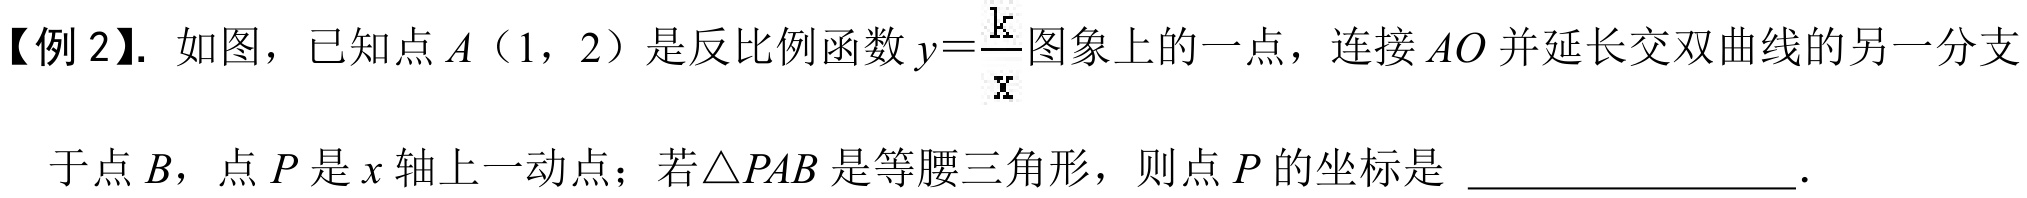
【例 2】. 如图，已知点\(A\)（1，2）是反比例函数\(y = \dfrac{k}{x}\)图象上的一点，连接\(AO\)并延长交双曲线的另一分支
于点\(B\)，点\(P\)是\(x\)轴上一动点；若\(\triangle PAB\)是等腰三角形，则点\(P\)的坐标是  __________________．